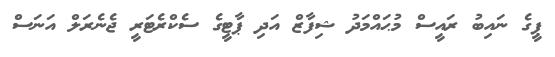
ޕީގެ ނައިބު ރައީސް މުޙައްމަދު ޝިފާޒް އަދި ޕާޓީގެ ސެކްރެޓަރީ ޖެނެރަލް އަނަސް